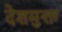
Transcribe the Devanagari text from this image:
देशमुक्त